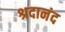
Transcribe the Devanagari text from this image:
श्रदानंद